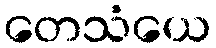
တေသံယေ